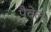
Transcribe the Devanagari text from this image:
पैवेल